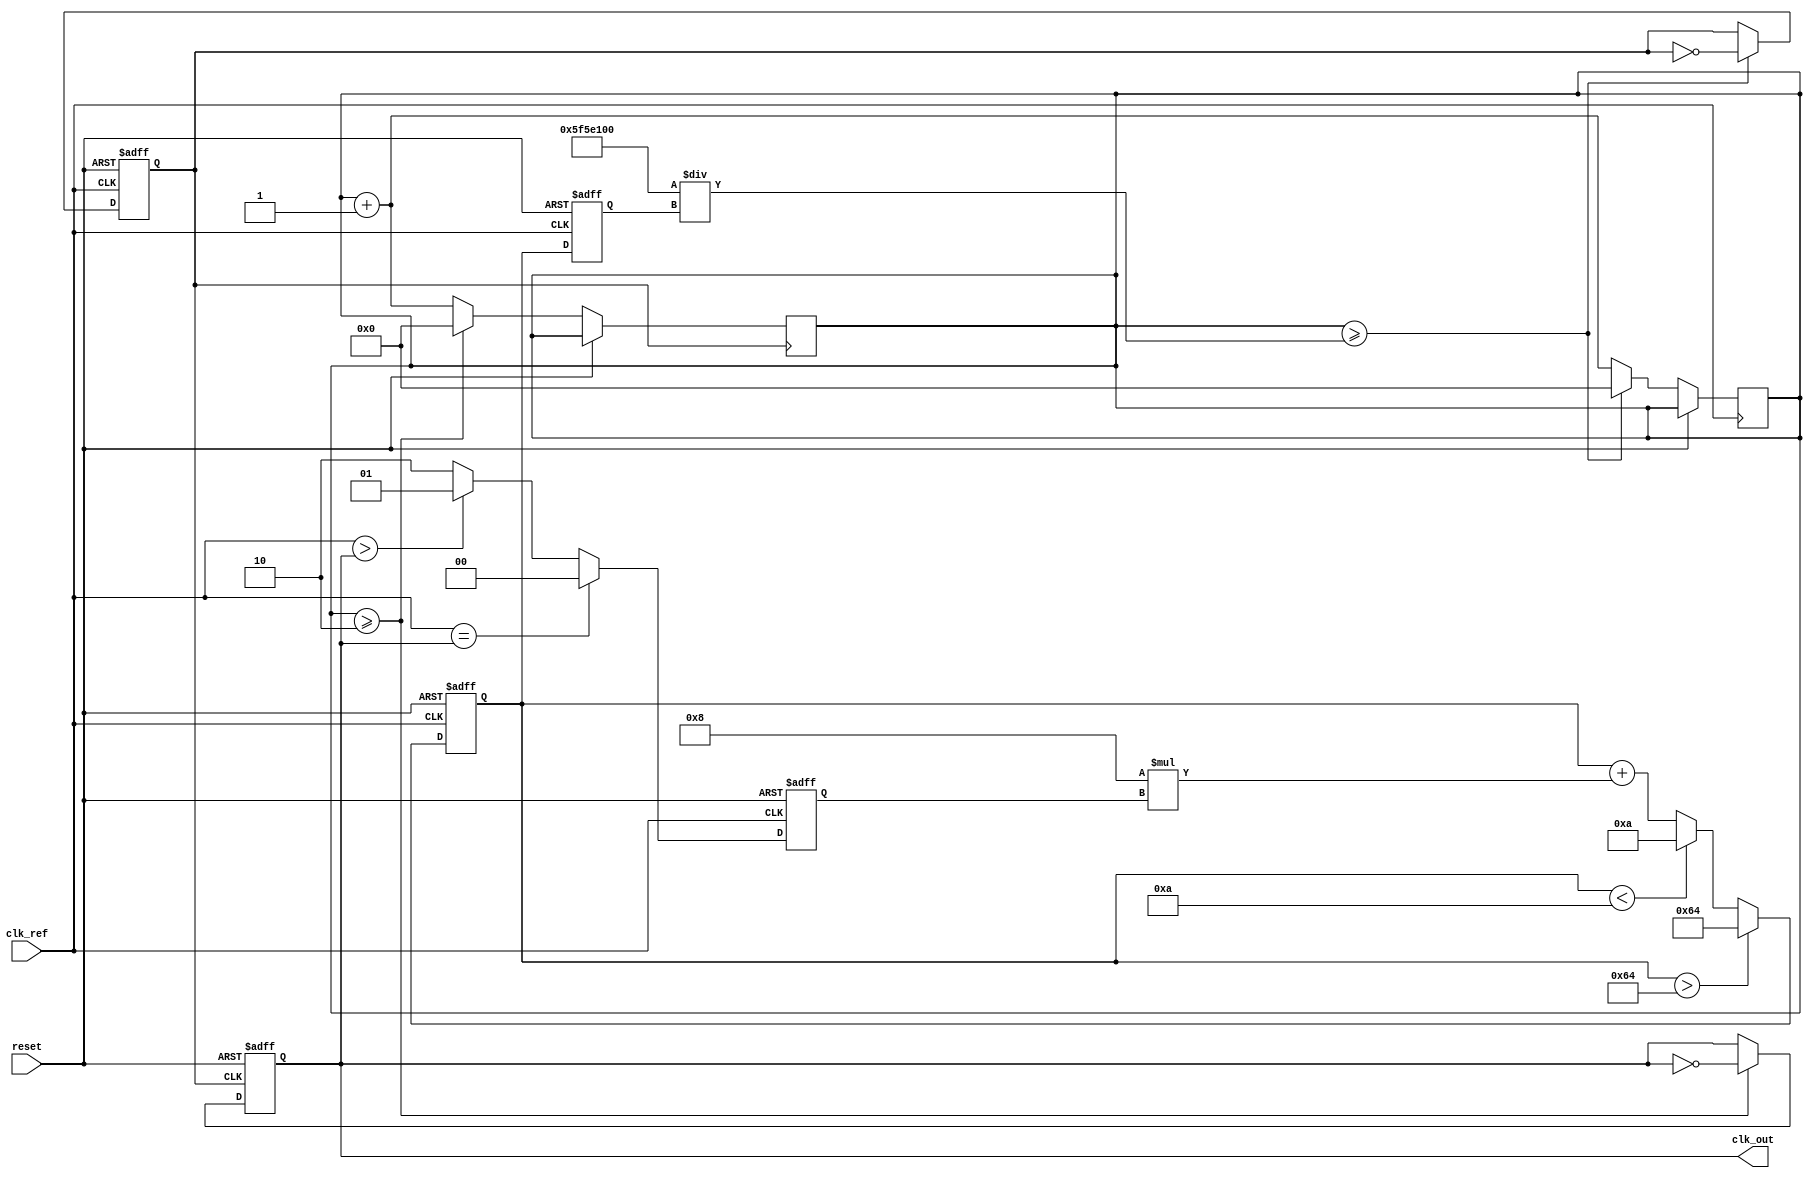
module PLL (
    input wire clk_ref,         // Reference clock input
    input wire reset,           // Asynchronous reset
    output reg clk_out          // Output clock
);

    // Parameters for the PLL
    parameter N = 4;            // Frequency multiplication factor
    parameter FILTER_GAIN = 8;  // Loop filter gain
    parameter VCO_MAX_FREQ = 100; // Maximum frequency of VCO
    parameter VCO_MIN_FREQ = 10;  // Minimum frequency of VCO

    // Internal signals
    reg [1:0] phase_error;      // Phase error signal from PD
    reg [7:0] control_voltage;   // Control voltage for VCO
    reg [7:0] vco_freq;          // Frequency output from VCO
    reg [31:0] counter;          // Counter for generating clk_out
    reg clk_vco;                 // VCO output clock

    // Phase Detector (PD)
    always @(posedge clk_ref or posedge reset) begin
        if (reset) begin
            phase_error <= 2'b00;
        end else begin
            // Simple phase comparison logic (2-bit example)
            if (clk_ref == clk_out) begin
                phase_error <= 2'b00; // No phase error
            end else if (clk_ref > clk_out) begin
                phase_error <= 2'b01; // Reference clock leads
            end else begin
                phase_error <= 2'b10; // Output clock leads
            end
        end
    end

    // Loop Filter (LF)
    always @(posedge clk_ref or posedge reset) begin
        if (reset) begin
            control_voltage <= 8'b0;
        end else begin
            // Simple proportional control
            control_voltage <= control_voltage + (FILTER_GAIN * phase_error);
            // Clamp control voltage to VCO range
            if (control_voltage > VCO_MAX_FREQ) begin
                control_voltage <= VCO_MAX_FREQ;
            end else if (control_voltage < VCO_MIN_FREQ) begin
                control_voltage <= VCO_MIN_FREQ;
            end
        end
    end

    // Voltage-Controlled Oscillator (VCO)
    always @(posedge clk_ref or posedge reset) begin
        if (reset) begin
            vco_freq <= VCO_MIN_FREQ;
            clk_vco <= 0;
        end else begin
            // Adjust VCO frequency based on control voltage
            vco_freq <= control_voltage;
            // Generate VCO output clock based on frequency
            if (counter >= (100000000 / vco_freq)) begin // Assuming 100MHz clk_ref
                clk_vco <= ~clk_vco;
                counter <= 0;
            end else begin
                counter <= counter + 1;
            end
        end
    end

    // Frequency Divider (optional)
    always @(posedge clk_vco or posedge reset) begin
        if (reset) begin
            clk_out <= 0;
        end else begin
            // Simple frequency divider by N
            if (counter >= (N / 2)) begin
                clk_out <= ~clk_out;
                counter <= 0;
            end else begin
                counter <= counter + 1;
            end
        end
    end

endmodule